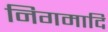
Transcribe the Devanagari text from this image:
निगमादि